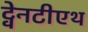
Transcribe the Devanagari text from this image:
ट्वेनटीएथ